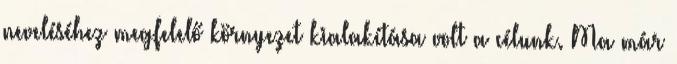
neveléséhez megfelelő környezet kialakítása volt a célunk. Ma már